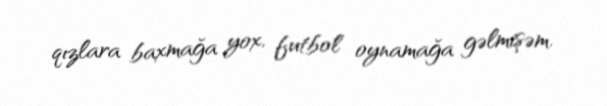
qızlara baxmağa yox, futbol oynamağa gəlmişəm.